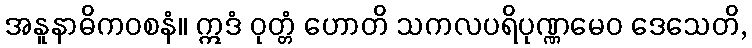
အနူနာဓိကဝစနံ။ ဣဒံ ဝုတ္တံ ဟောတိ သကလပရိပုဏ္ဏမေဝ ဒေသေတိ,